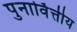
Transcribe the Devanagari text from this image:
पुनार्वित्तीय